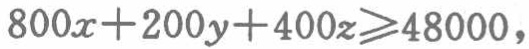
\(800x + 200y + 400z\geqslant48000\)